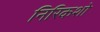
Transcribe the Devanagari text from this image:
निरिकशो